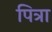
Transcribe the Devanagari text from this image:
पित्रा